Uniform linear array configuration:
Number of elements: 8
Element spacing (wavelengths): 0.75
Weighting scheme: binomial
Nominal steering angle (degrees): -15
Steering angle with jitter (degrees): -13.939
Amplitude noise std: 0.05
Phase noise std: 0.05

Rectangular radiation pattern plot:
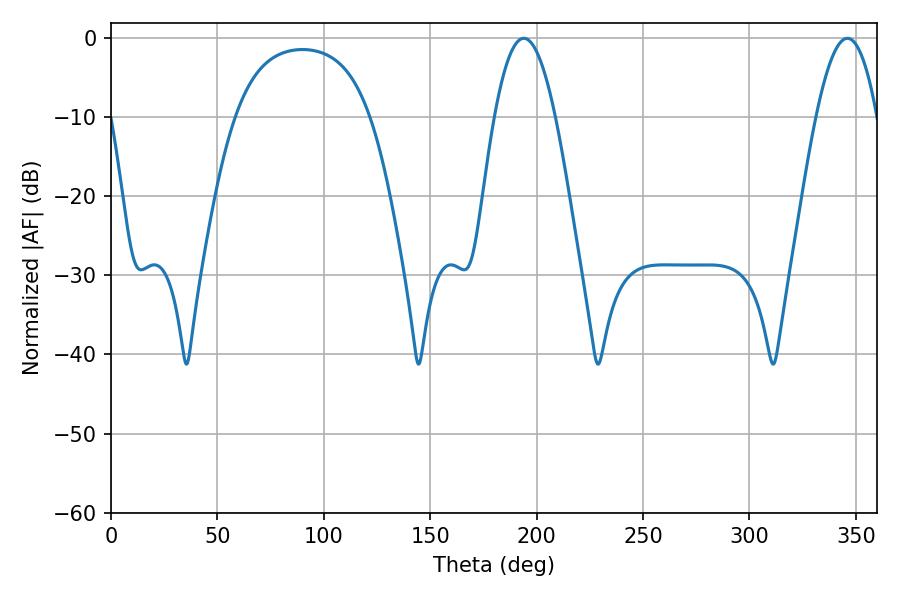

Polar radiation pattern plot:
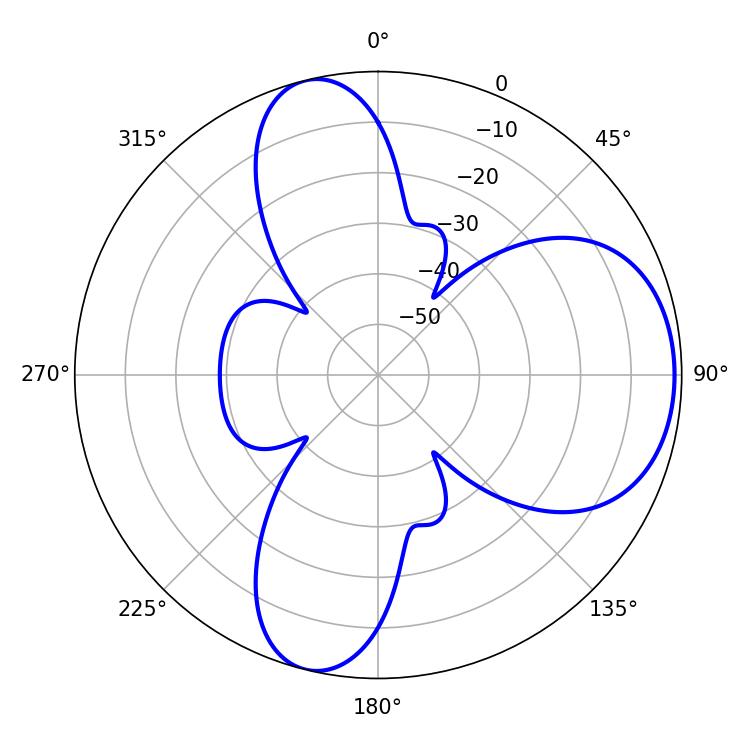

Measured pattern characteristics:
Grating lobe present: TRUE
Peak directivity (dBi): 7.235
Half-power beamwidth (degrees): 15.66
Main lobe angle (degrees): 194.04